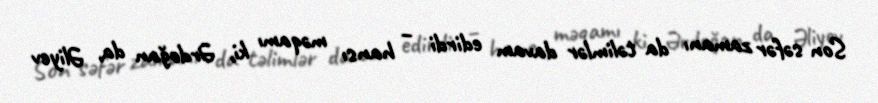
Son səfər zamanı da təlimlər davam edirdi – hansı məqamı ki, Ərdoğan da, Əliyev